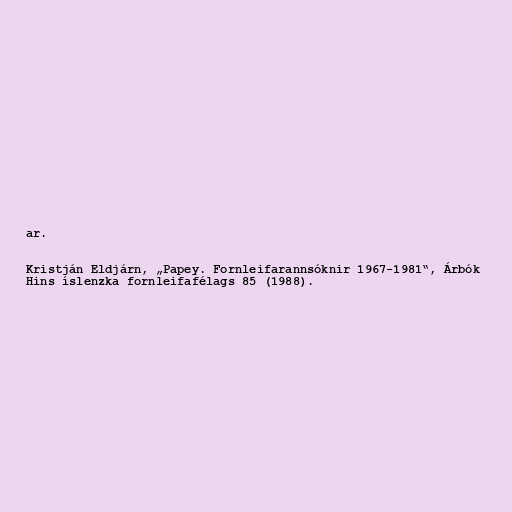
ar.

Kristján Eldjárn, „Papey. Fornleifarannsóknir 1967-1981“, Árbók
Hins íslenzka fornleifafélags 85 (1988).